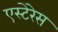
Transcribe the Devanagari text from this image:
एस्टेरेस